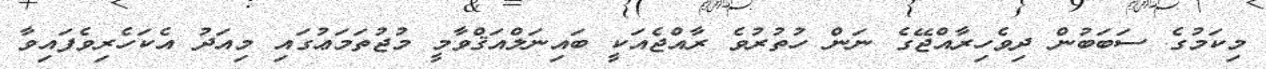
މިކަމުގެ ސަބަބުން ދިވެހިރާއްޖޭގެ ނަން ހުތުރުވެ ރާއްޖެއަކީ ބައިނަލްއަޤްވާމީ މުޖުތަމަޢުގައި މިއަދު އެކަހެެރިވެފައިވާ